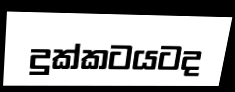
දුක්කටයටද